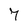
Character: 7